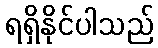
ရရှိနိုင်ပါသည်